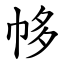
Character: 㡅